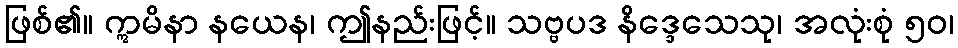
ဖြစ်၏။ ဣမိနာ နယေန၊ ဤနည်းဖြင့်။ သဗ္ဗပဒ နိဒ္ဒေသေသု၊ အလုံးစုံ ၅၀၊